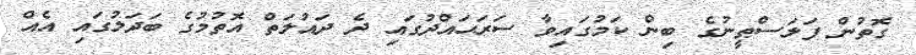
ގޮތުން ފަލަސްޠީނުގެ ބިން ކަމުގައިވާ ސަރަޙައްދުގައި ދެ ދައުލަތް އޮތުމުގެ ބަދަލުގައި އެއް